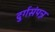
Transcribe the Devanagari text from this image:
दुर्गसंपन्न